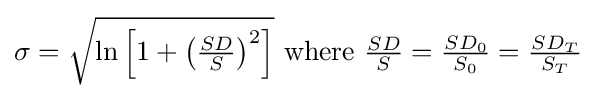
\sigma ={\sqrt {\ln \left[1+\left({\tfrac {SD}{S}}\right)^{2}\right]}}{\text{ where }}{\tfrac {SD}{S}}={\tfrac {SD_{0}}{S_{0}}}={\tfrac {SD_{T}}{S_{T}}}